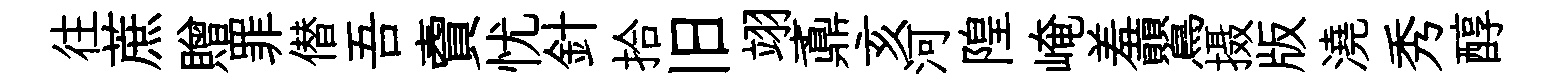
往蔗贈罪僣吾𧶠忧針拾旧翊鼒亥河隍崦羞鸎摄版澆秀醇